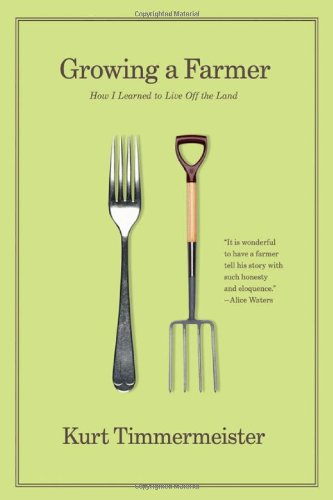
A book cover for Growing a Farmer: How I Learned to Live Off the Land; Kurt Timmermeister; Science & Math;